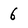
Character: 6